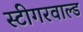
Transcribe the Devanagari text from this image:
स्टीगरवाल्ड